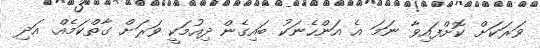
ވަރަކަށް ކޮށްފައިވާ ނަމަ އެ އަންހެނަކު ބައިގެން ދިއުމަކީ ވަރަށް ގާތްކަމެއް. އަދި